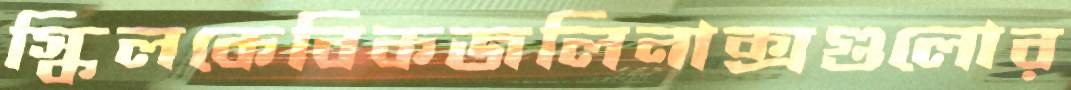
স্কিলকেবিকজলিনাক্সগুলোর